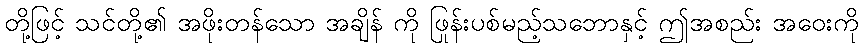
တို့ဖြင့် သင်တို့၏ အဖိုးတန်သော အချိန် ကို ဖြုန်းပစ်မည့်သဘောနှင့် ဤအစည်း အဝေးကို